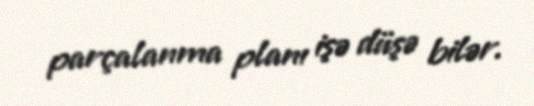
parçalanma planı işə düşə bilər.